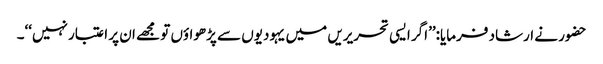
حضور نے ارشاد فرمایا:’’اگر ایسی تحریریں میں یہودیوں سے پڑھواؤں تو مجھے ان پر اعتبار نہیں‘‘۔